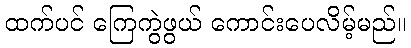
ထက်ပင် ကြေကွဲဖွယ် ကောင်းပေလိမ့်မည်။